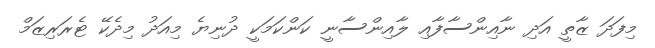
މިފަދަ ޒާތީ އަދި ނާއިންސާފާއި ލާއިންސާނީ ކަންކަމަކީ ދުނިޔެ މިއަދު މިދެކޭ ޓެރަރިޒަމް